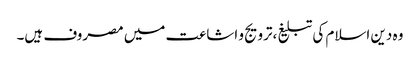
وہ دین اسلام کی تبلیغ،ترویج و اشاعت میں مصروف ہیں۔